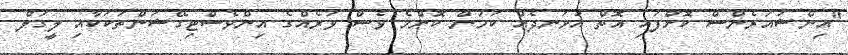
"އިންޝުއަރެންސް ކޮށްފައި އޮތް އުޅަނދެއް ކަމުން ކޮންމެ ވެސް ވަރެއްގެ އިންވެސްޓިގޭޝަންތަކަކާއި ލީގަލް